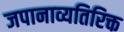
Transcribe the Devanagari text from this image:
जपानाव्यतिरिक्त